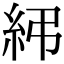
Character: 𥾯